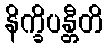
နိက္ခိပန္တီတိ